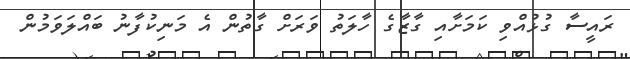
ރައީސާ ގުޅުއްވި ކަމަށާއި ގާޒާގެ ހާލަތު ވަރަށް ގާތުން އެ މަނިކުފާނު ބައްލަވަމުން